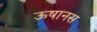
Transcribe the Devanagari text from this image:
ऊषानस